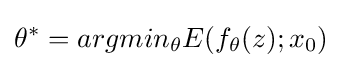
\theta ^{*}=argmin_{\theta }E(f_{\theta }(z);x_{0})